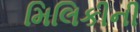
મિલિકીની